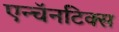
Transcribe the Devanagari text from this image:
एन्चॅनटिक्स